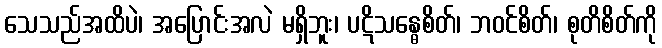
သေသည်အထိပဲ၊ အပြောင်းအလဲ မရှိဘူး၊ ပဋိသန္ဓေစိတ်၊ ဘဝင်စိတ်၊ စုတိစိတ်ကို